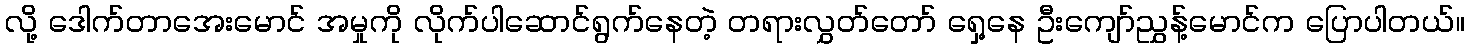
လို့ ဒေါက်တာအေးမောင် အမှုကို လိုက်ပါဆောင်ရွက်နေတဲ့ တရားလွှတ်တော် ရှေ့နေ ဦးကျော်ညွှန့်မောင်က ပြောပါတယ်။